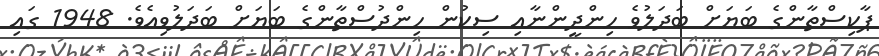
ޕާކިސްތާންގެ ބަޔަށް ބަދަލުވެ ހިންދީންނާއި ސިކުން ހިންދުސްތާންގެ ބަޔަށް ބަދަލުވިއެވެ. 1948 ގައި